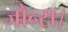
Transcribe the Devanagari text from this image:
जोन्स।